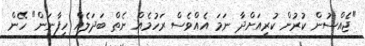
"ޖެއްސުން ކުރުން ކުރިއަށްދާ ނަމަ އެއްވެސް ރަހުމެއް ނެތް ބަދަލެއް ހިފާނަން" ހޭން